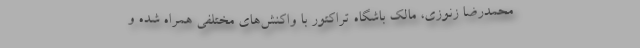
محمدرضا زنوزی، مالک باشگاه تراکتور با واکنش‌های مختلفی همراه شده و